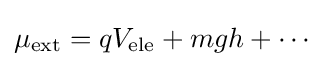
\mu _{\text{ext}}=qV_{\text{ele}}+mgh+\cdots